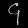
Digit: ၄